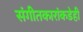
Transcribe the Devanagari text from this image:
संगीतकारांकडेही